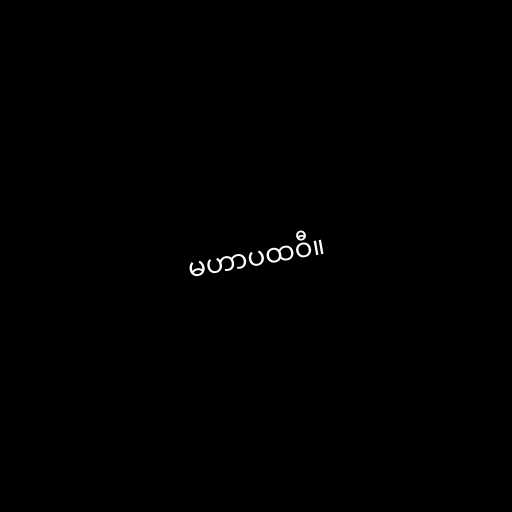
မဟာပထဝီ။